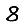
Digit: 8